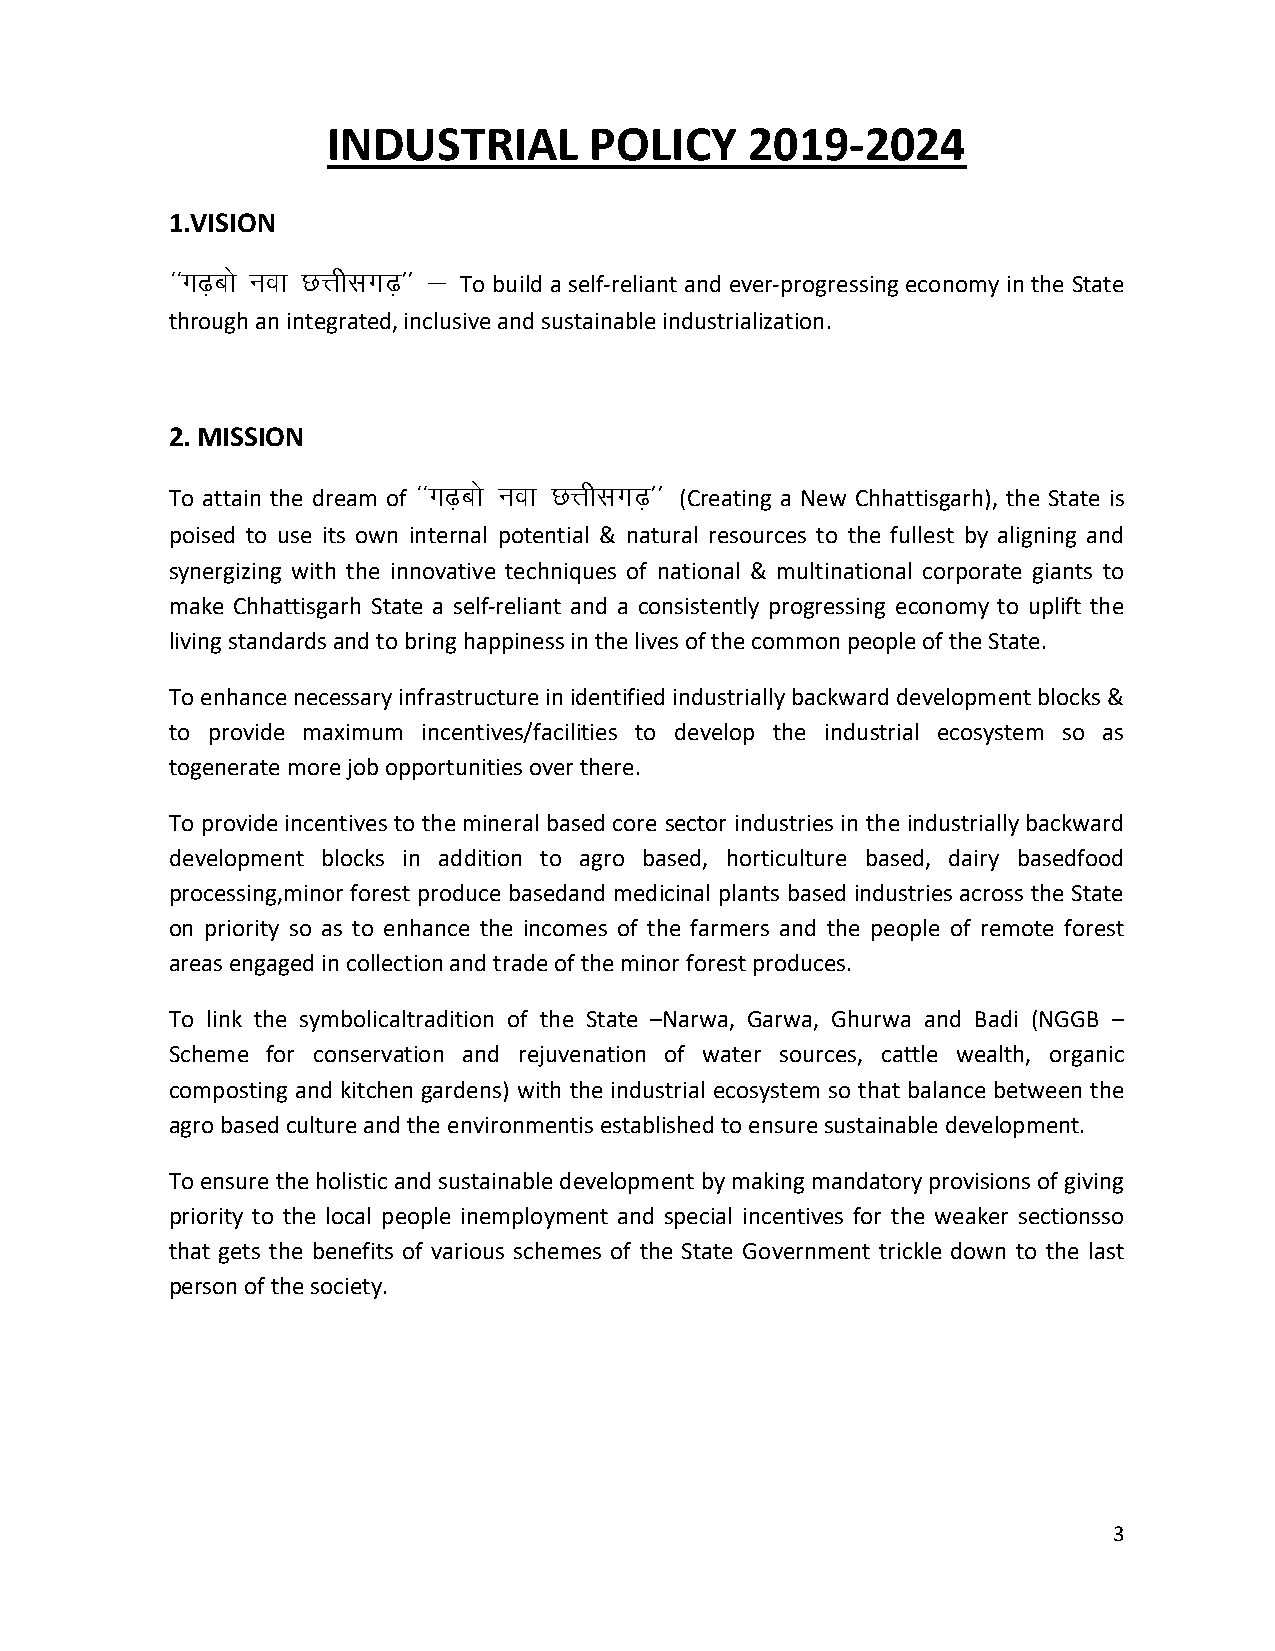
INDUSTRIAL       POLICY     2019-2024
 1.VISION
 ^^Xk<+cks uok NÙkhlx<+** &
 To build a self-reliant and ever-progressing economy in the State
 through an integrated, inclusive and sustainable industrialization.
 2. MISSION
 ^^Xk<+cks uok NÙkhlx<+**
 To attain the dream of            (Creating a New Chhattisgarh), the State is
 poised to use its own internal potential & natural resources to the fullest by aligning and
 synergizing with the innovative techniques of national & multinational corporate giants to
 make Chhattisgarh State a self-reliant and a consistently progressing economy to uplift the
 living standards and to bring happiness in the lives of the common people of the State.
 To enhance necessary infrastructure in identified industrially backward development blocks &
 to provide maximum incentives/facilities to develop the industrial ecosystem so as
 togenerate more job opportunities over there.
 To provide incentives to the mineral based core sector industries in the industrially backward
 development blocks in addition to agro based, horticulture based, dairy basedfood
 processing,minor forest produce basedand medicinal plants based industries across the State
 on priority so as to enhance the incomes of the farmers and the people of remote forest
 areas engaged in collection and trade of the minor forest produces.
 To link the symbolicaltradition of the State –Narwa, Garwa, Ghurwa and Badi (NGGB –
 Scheme for conservation and rejuvenation of water sources, cattle wealth, organic
 composting and kitchen gardens) with the industrial ecosystem so that balance between the
 agro based culture and the environmentis established to ensure sustainable development.
 To ensure the holistic and sustainable development by making mandatory provisions of giving
 priority to the local people inemployment and special incentives for the weaker sectionsso
 that gets the benefits of various schemes of the State Government trickle down to the last
 person of the society.
 3